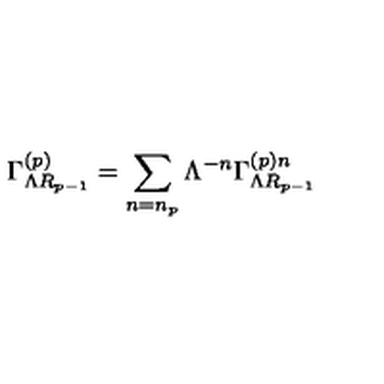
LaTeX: \Gamma _ { \Lambda R _ { p - 1 } } ^ { \left( p \right) } = \sum _ { n = n _ { p } } \Lambda ^ { - n } \Gamma _ { \Lambda R _ { p - 1 } } ^ { \left( p \right) n }